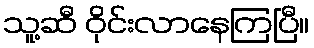
သူ့ဆီ ဝိုင်းလာနေကြပြီ။